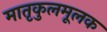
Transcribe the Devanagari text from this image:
मातृकुलमूलक